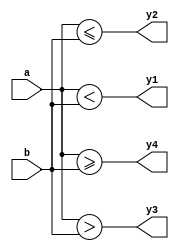
module relational (a,b,y1,y2,y3,y4);
  input [2:0]a,b;
  output reg y1,y2,y3,y4;
  always @(a or b) begin
    y1= a<b;
    y2= a<=b;
    y3= a>b;
    y4= a>=b;
  end
endmodule